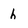
Character: h